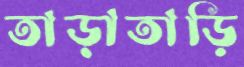
তাড়াতাড়ি